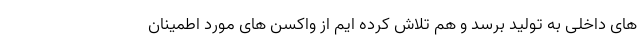
های داخلی به تولید برسد و هم تلاش کرده ایم از واکسن های مورد اطمینان